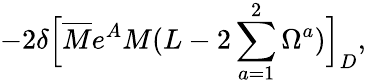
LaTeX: -2\delta\Bigl[\overline{{M}}e^{A}M(L-2\sum_{a=1}^{2}{\Omega^{a}})\Bigr]_{D},